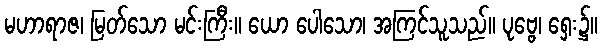
မဟာရာဇ၊ မြတ်သော မင်းကြီး။ ယော ပေါသော၊ အကြင်သူသည်။ ပုဗ္ဗေ၊ ရှေး၌။